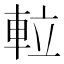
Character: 𨋢